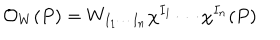
{ \cal O } _ { W } ( P ) = W _ { I _ { 1 } \cdots I _ { n } } \chi ^ { I _ { 1 } } \cdots \chi ^ { I _ { n } } ( P )